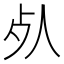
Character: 𣦸